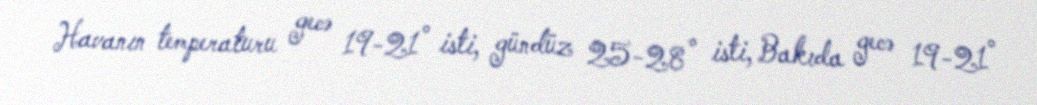
Havanın temperaturu gecə 19-21° isti, gündüz 25-28° isti, Bakıda gecə 19-21°